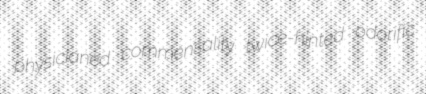
physicianed commensality twice-hinted odorific